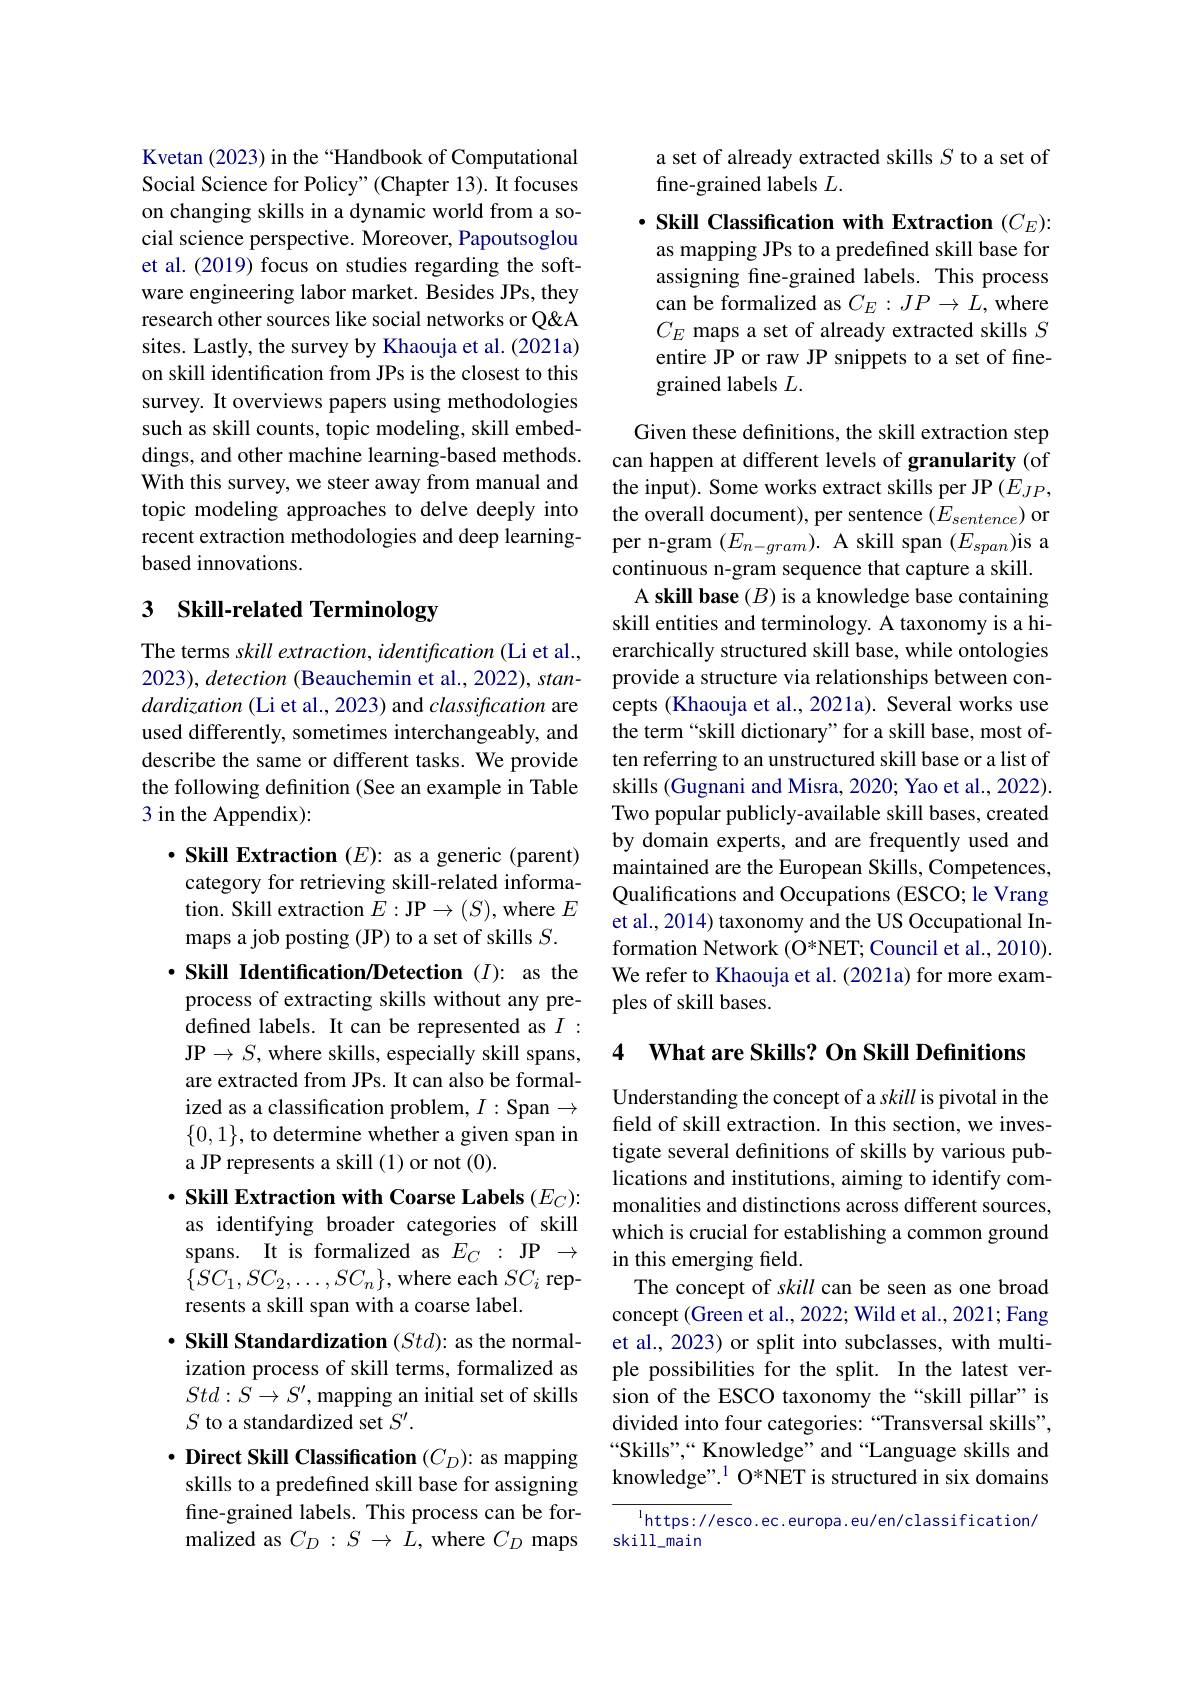
Kvetan (2023) in the “Handbook of Computational Social Science for Policy" (Chapter 13). It focuses on changing skills in a dynamic world from a social science perspective. Moreover, Papoutsoglou et al. (2019) focus on studies regarding the software engineering labor market. Besides JPs, they research other sources like social networks or Q&A sites. Lastly, the survey by Khaouja et al. (2021a) on skill identification from JPs is the closest to this survey. It overviews papers using methodologies such as skill counts, topic modeling, skill embeddings, and other machine learning-based methods. With this survey, we steer away from manual and topic modeling approaches to delve deeply into recent extraction methodologies and deep learningbased innovations.

# 3 Skill-related Terminology

The terms skill extraction, identification (Li et al., 2023), detection (Beauchemin et al., 2022), standardization (Li et al., 2023) and classification are used differently, sometimes interchangeably, and describe the same or different tasks. We provide the following definition (See an example in Table 3 in the Appendix):

$\cdot$ Skill Extraction $(E)$: as a generic (parent)
category for retrieving skill-related information. Skill extraction $E:\mathbf{JP}\to(S)$, where $E$ maps a job posting (JP) to a set of skills $S.$
$\cdot$ Skill Identification/Detection (I): as the process of extracting skills without any predefined labels. It can be represented as $I:$ JP$\to S$,where skills, especially skill spans, are extracted from JPs. It can also be formalized as a classification problem, $I:$ Span $\to$ $\{0,1\}$, to determine whether a given span in a JP represents a skill (1) or not (0).
$\cdot$ Skill Extraction with Coarse Labels $(E_C):$ as identifying broader categories of skill spans. It is formalized as $E_C:$ JP $\to$ $\{SC_{1},SC_{2},\ldots,SC_{n}\}$, where each $SC_i$ represents a skill span with a coarse label.
$\cdot$ Skill Standardization $(Std):$ as the normalization process of skill terms, formalized as $Std:S\to S^{\prime}$, mapping an initial set of skills $S$ to a standardized set $S^\prime.$
$\cdot$ Direct Skill Classification $(C_D){:}$ as mapping skills to a predefined skill base for assigning fine-grained labels. This process can be formalized as $C_D:S\to\hat{L}$, where $C_D$ maps

a set of already extracted skills $S$ to a set of
fine-grained labels $L.$

$\cdot$ Skill Classification with Extraction $(C_E):$ as mapping JPs to a predefined skill base for assigning fine-grained labels. This process can be formalized as $C_E:JP\to L$, where $C_E$ maps a set of already extracted skills $S$ entire JP or raw JP snippets to a set of finegrained labels $L.$

Given these definitions, the skill extraction step can happen at different levels of granularity (of the input). Some works extract skills per JP$\left(E_{JP},\right)$ the overall document), per sentence $(E_sentence)$ or per n-gram $(E_{n-gram}).$ A skill span $(E_span)$is a continuous n-gram sequence that capture a skill. A skill base $(B)$ is a knowledge base containing skill entities and terminology. A taxonomy is a hierarchically structured skill base, while ontologies provide a structure via relationships between concepts (Khaouja et al., 2021a). Several works use the term“skill dictionary”for a skill base, most often referring to an unstructured skill base or a list of skills (Gugnani and Misra, 2020; Yao et al., 2022). Two popular publicly-available skill bases, created by domain experts, and are frequently used and maintained are the European Skills, Competences Qualifications and Occupations (ESCO; le Vrang et al., 2014) taxonomy and the US Occupational Information Network (O*NET; Council et al., 2010). We refer to Khaouja et al. (2021a) for more examples of skill bases.

4 What are Skills? On Skill Definitions

Understanding the concept of a skill is pivotal in the feld of skill extraction. In this section, we investigate several definitions of skills by various publications and institutions, aiming to identify commonalities and distinctions across different sources, which is crucial for establishing a common ground in this emerging field.
The concept of skill can be seen as one broad concept (Green et al., 2022; Wild et al., 2021; Fang et al., 2023) or split into subclasses, with multiple possibilities for the split. In the latest version of the ESCO taxonomy the“skill pillar” is divided into four categories: “Transversal skills”, “Skills”,“ Knowledge” and“Language skills and knowledge". $^1$ O*NET is structured in six domains

$^{\mathrm{l}}$https://esco.ec.europa.eu/en/classification/
skill\_main